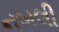
નબલી